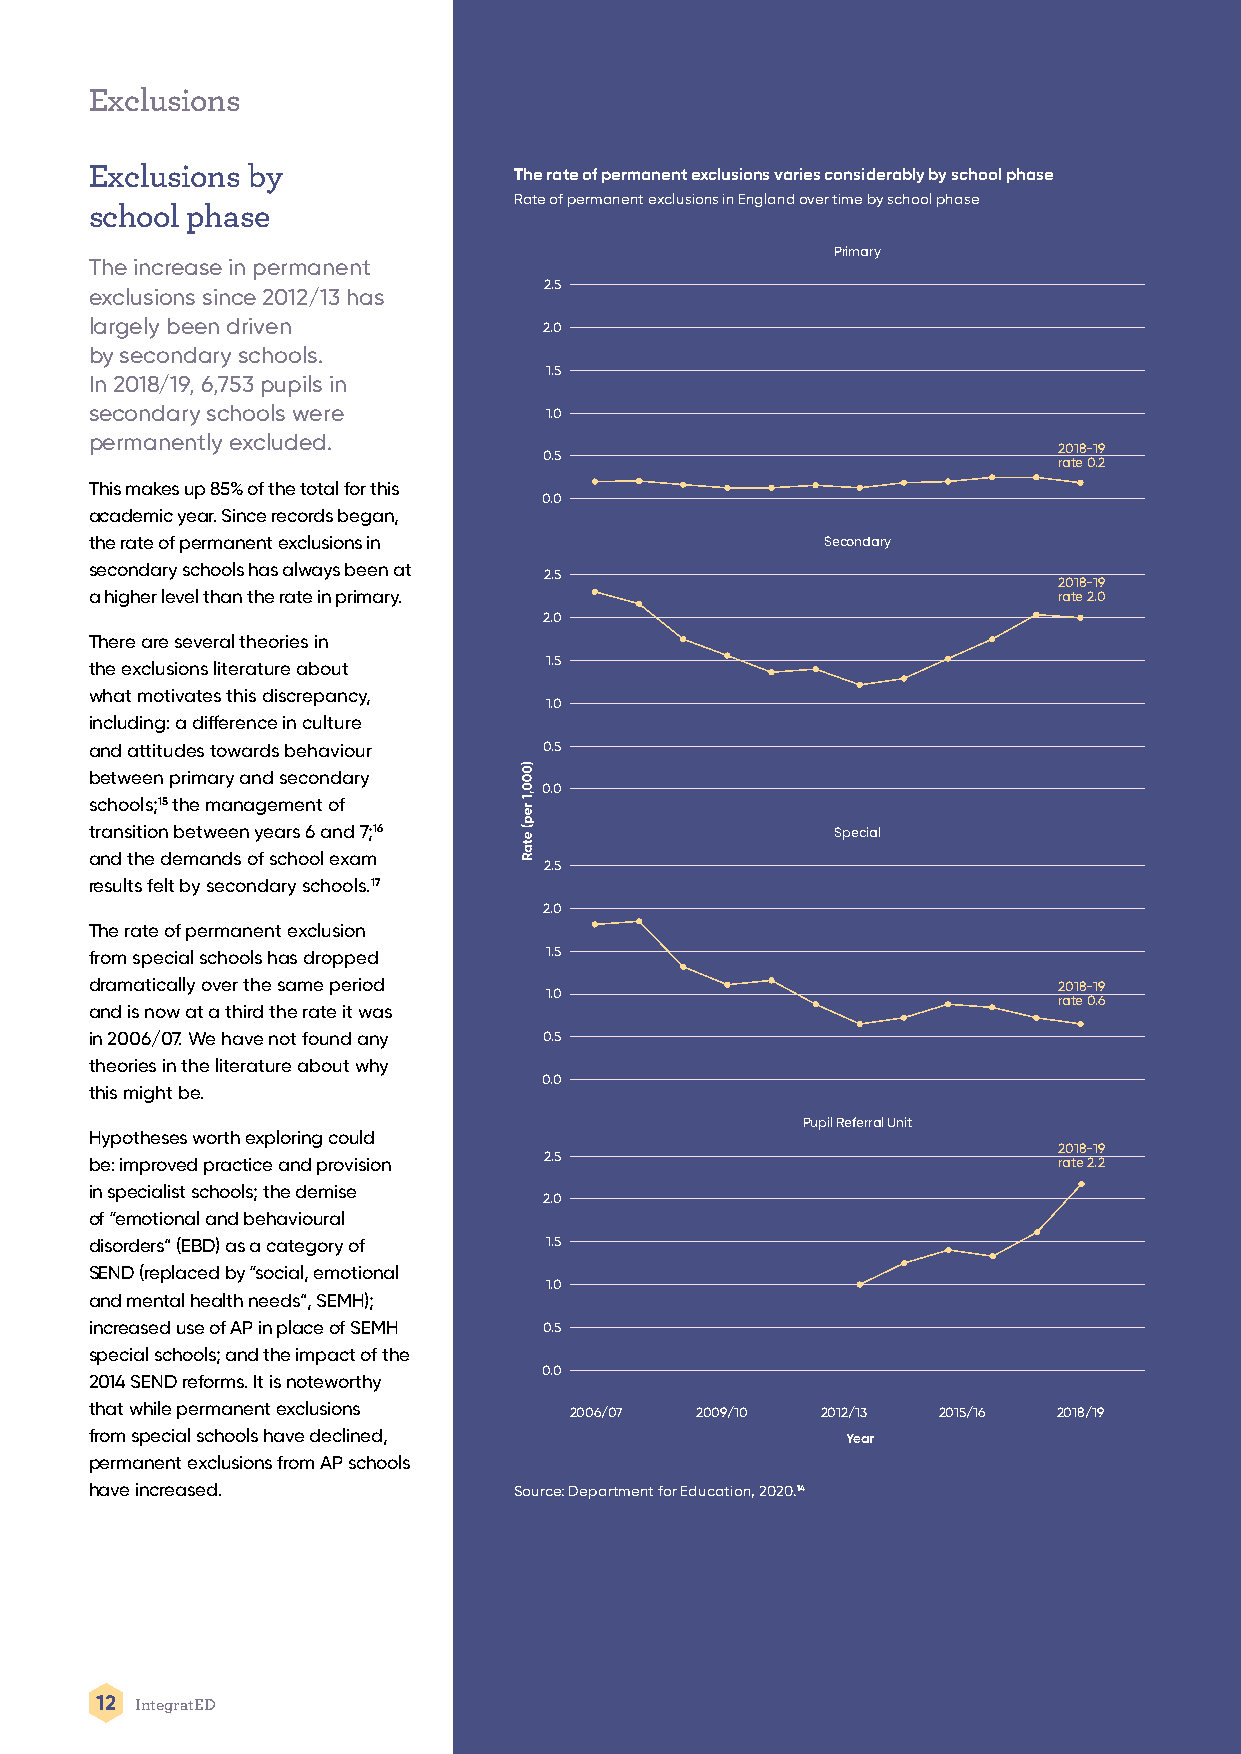
Exclusions
 Exclusions by               The rate of permanent exclusions varies considerably by school phase
 Rate of permanent exclusions in England over time by school phase
 school phase
 Primary
 The increase in permanent
 2.5
 exclusions since 2012/13 has
 largely been driven           2.0
 by secondary schools.
 1.5
 In 2018/19, 6,753 pupils in
 secondary schools were        1.0
 permanently excluded.
 2018-19
 0.5
 rate 0.2
 This makes up 85% of the total for this
 0.0
 academic year. Since records began,
 the rate of permanent exclusions in             Secondary
 secondary schools has always been at
 2.5
 2018-19
 a higher level than the rate in primary.                        rate 2.0
 2.0
 There are several theories in
 1.5
 the exclusions literature about
 what motivates this discrepancy,
 1.0
 including: a difference in culture
 and attitudes towards behaviour 0.5
 between primary and secondary
 0.0
 schools;15 the management of
 transition between years 6 and 7;16              Special
 and the demands of school exam
 2.5
 results felt by secondary schools.17
 2.0
 The rate of permanent exclusion
 from special schools has dropped 1.5
 dramatically over the same period                               2018-19
 1.0
 rate 0.6
 and is now at a third the rate it was
 in 2006/07. We have not found any 0.5
 theories in the literature about why
 0.0
 this might be.
 Pupil Referral Unit
 Hypotheses worth exploring could
 2018-19
 2.5
 be: improved practice and provision                             rate 2.2
 in specialist schools; the demise
 2.0
 of “emotional and behavioural
 disorders” (EBD) as a category of 1.5
 SEND (replaced by “social, emotional
 1.0
 and mental health needs”, SEMH);
 increased use of AP in place of SEMH 0.5
 special schools; and the impact of the
 0.0
 2014 SEND reforms. It is noteworthy
 that while permanent exclusions 2006/07 2009/10 2012/13 2015/16 2018/19
 from special schools have declined,               Year
 permanent exclusions from AP schools
 have increased.             Source: Department for Education, 2020.14
 12 IntegratED